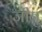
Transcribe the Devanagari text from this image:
जीनु